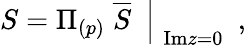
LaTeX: \left.S=\Pi_{(p)}\; \overline{{S}}\ \ \right|_{\; \mathrm{Im}z=0}\ \ ,